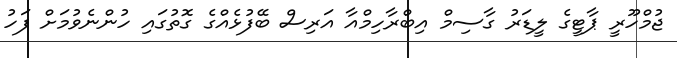
ޖުމްހޫރީ ޕާޓީގެ ލީޑަރު ގާސިމް އިބްރާހިމްއާ އަރިސް ބޭފުޅެއްގެ ގޮތުގައި ހުންނެވުމަށް ފަހު